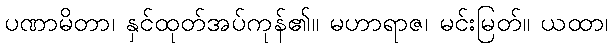
ပဏာမိတာ၊ နှင်ထုတ်အပ်ကုန်၏။ မဟာရာဇ၊ မင်းမြတ်။ ယထာ၊